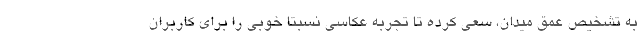
به تشخیص عمق میدان، سعی کرده تا تجربه عکاسی نسبتا خوبی را برای کاربران